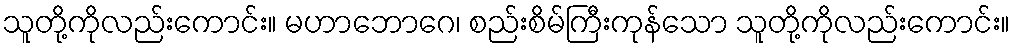
သူတို့ကိုလည်းကောင်း။ မဟာဘောဂေ၊ စည်းစိမ်ကြီးကုန်သော သူတို့ကိုလည်းကောင်း။